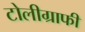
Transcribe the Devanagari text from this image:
टोलीग्राफी